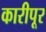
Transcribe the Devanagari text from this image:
कारीपूर